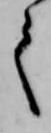
人